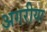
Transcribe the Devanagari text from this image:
अगरीया